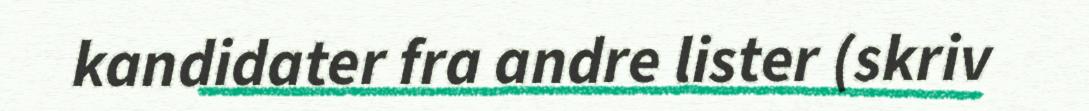
kandidater fra andre lister (skriv